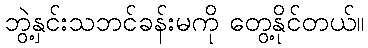
ဘွဲ့နှင်းသဘင်ခန်းမကို တွေ့နိုင်တယ်။